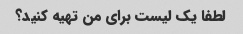
لطفا یک لیست برای من تهیه کنید؟